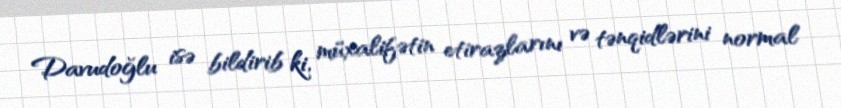
Davudoğlu isə bildirib ki, müxalifətin etirazlarını və tənqidlərini normal